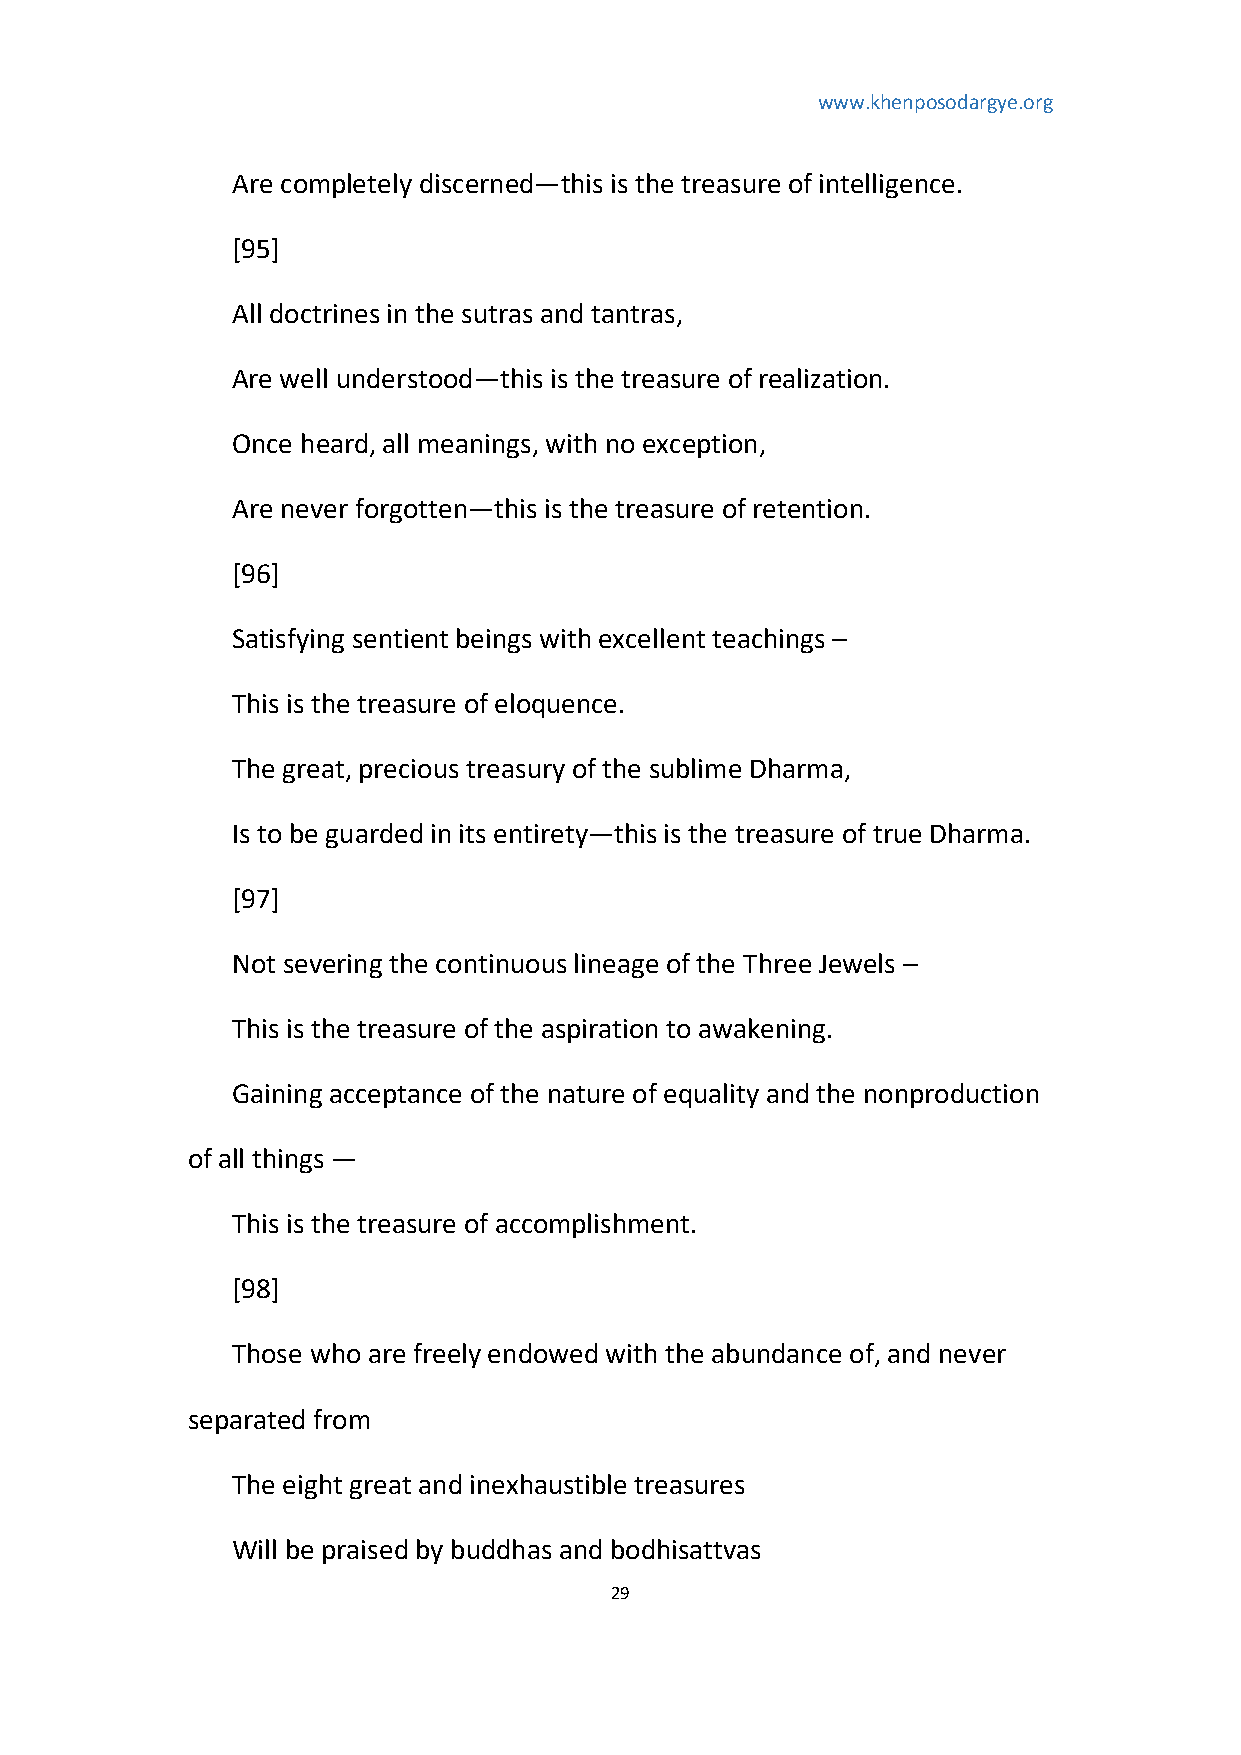
www.khenposodargye.org
 Are completely discerned—this is the treasure of intelligence.
 [95]
 All doctrines in the sutras and tantras,
 Are well understood—this is the treasure of realization.
 Once heard, all meanings, with no exception,
 Are never forgotten—this is the treasure of retention.
 [96]
 Satisfying sentient beings with excellent teachings –
 This is the treasure of eloquence.
 The great, precious treasury of the sublime Dharma,
 Is to be guarded in its entirety—this is the treasure of true Dharma.
 [97]
 Not severing the continuous lineage of the Three Jewels –
 This is the treasure of the aspiration to awakening.
 Gaining acceptance of the nature of equality and the nonproduction
 of all things —
 This is the treasure of accomplishment.
 [98]
 Those who are freely endowed with the abundance of, and never
 separated from
 The eight great and inexhaustible treasures
 Will be praised by buddhas and bodhisattvas
 29